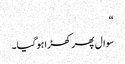
“
سوال پھر کھڑا ہوگیا۔